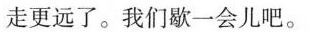
走更远了。我们歇一会儿吧。